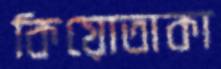
কিয়োতাকা